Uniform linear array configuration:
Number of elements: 48
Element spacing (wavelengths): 0.75
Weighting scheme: hann
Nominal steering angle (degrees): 30
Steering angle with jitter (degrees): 29.548
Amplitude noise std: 0.05
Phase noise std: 0.05

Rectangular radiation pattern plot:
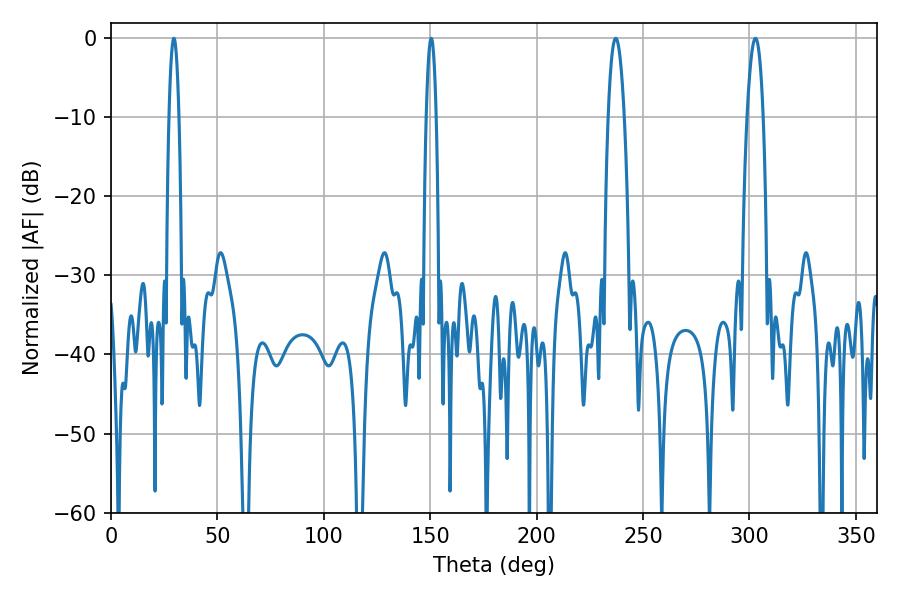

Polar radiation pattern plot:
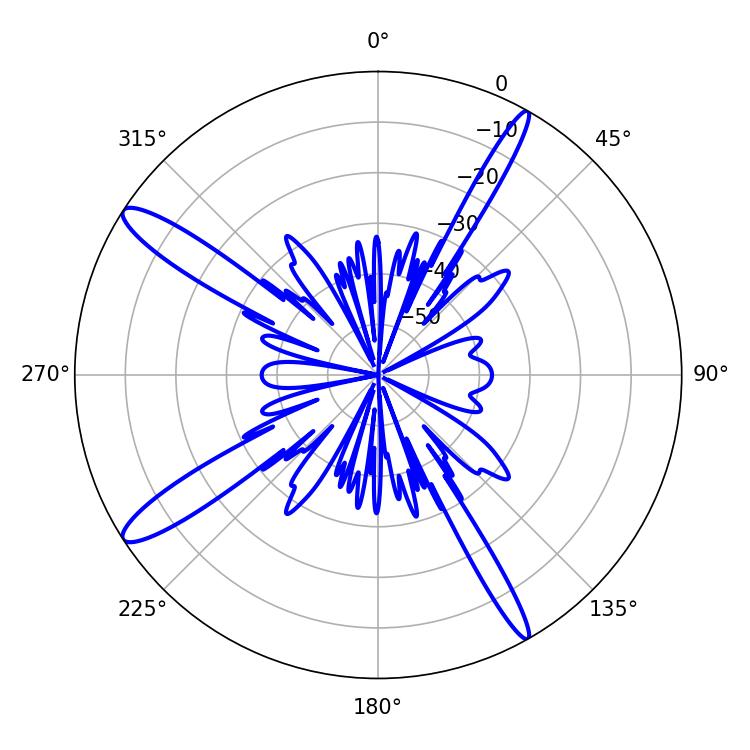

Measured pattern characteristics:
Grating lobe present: TRUE
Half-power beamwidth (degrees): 2.52
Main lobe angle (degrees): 29.52